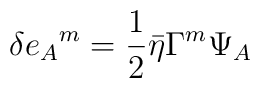
\delta e_A{}^m={1\over 2}\bar\eta\Gamma^m\Psi_A